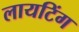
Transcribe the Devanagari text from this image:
लायटिंग